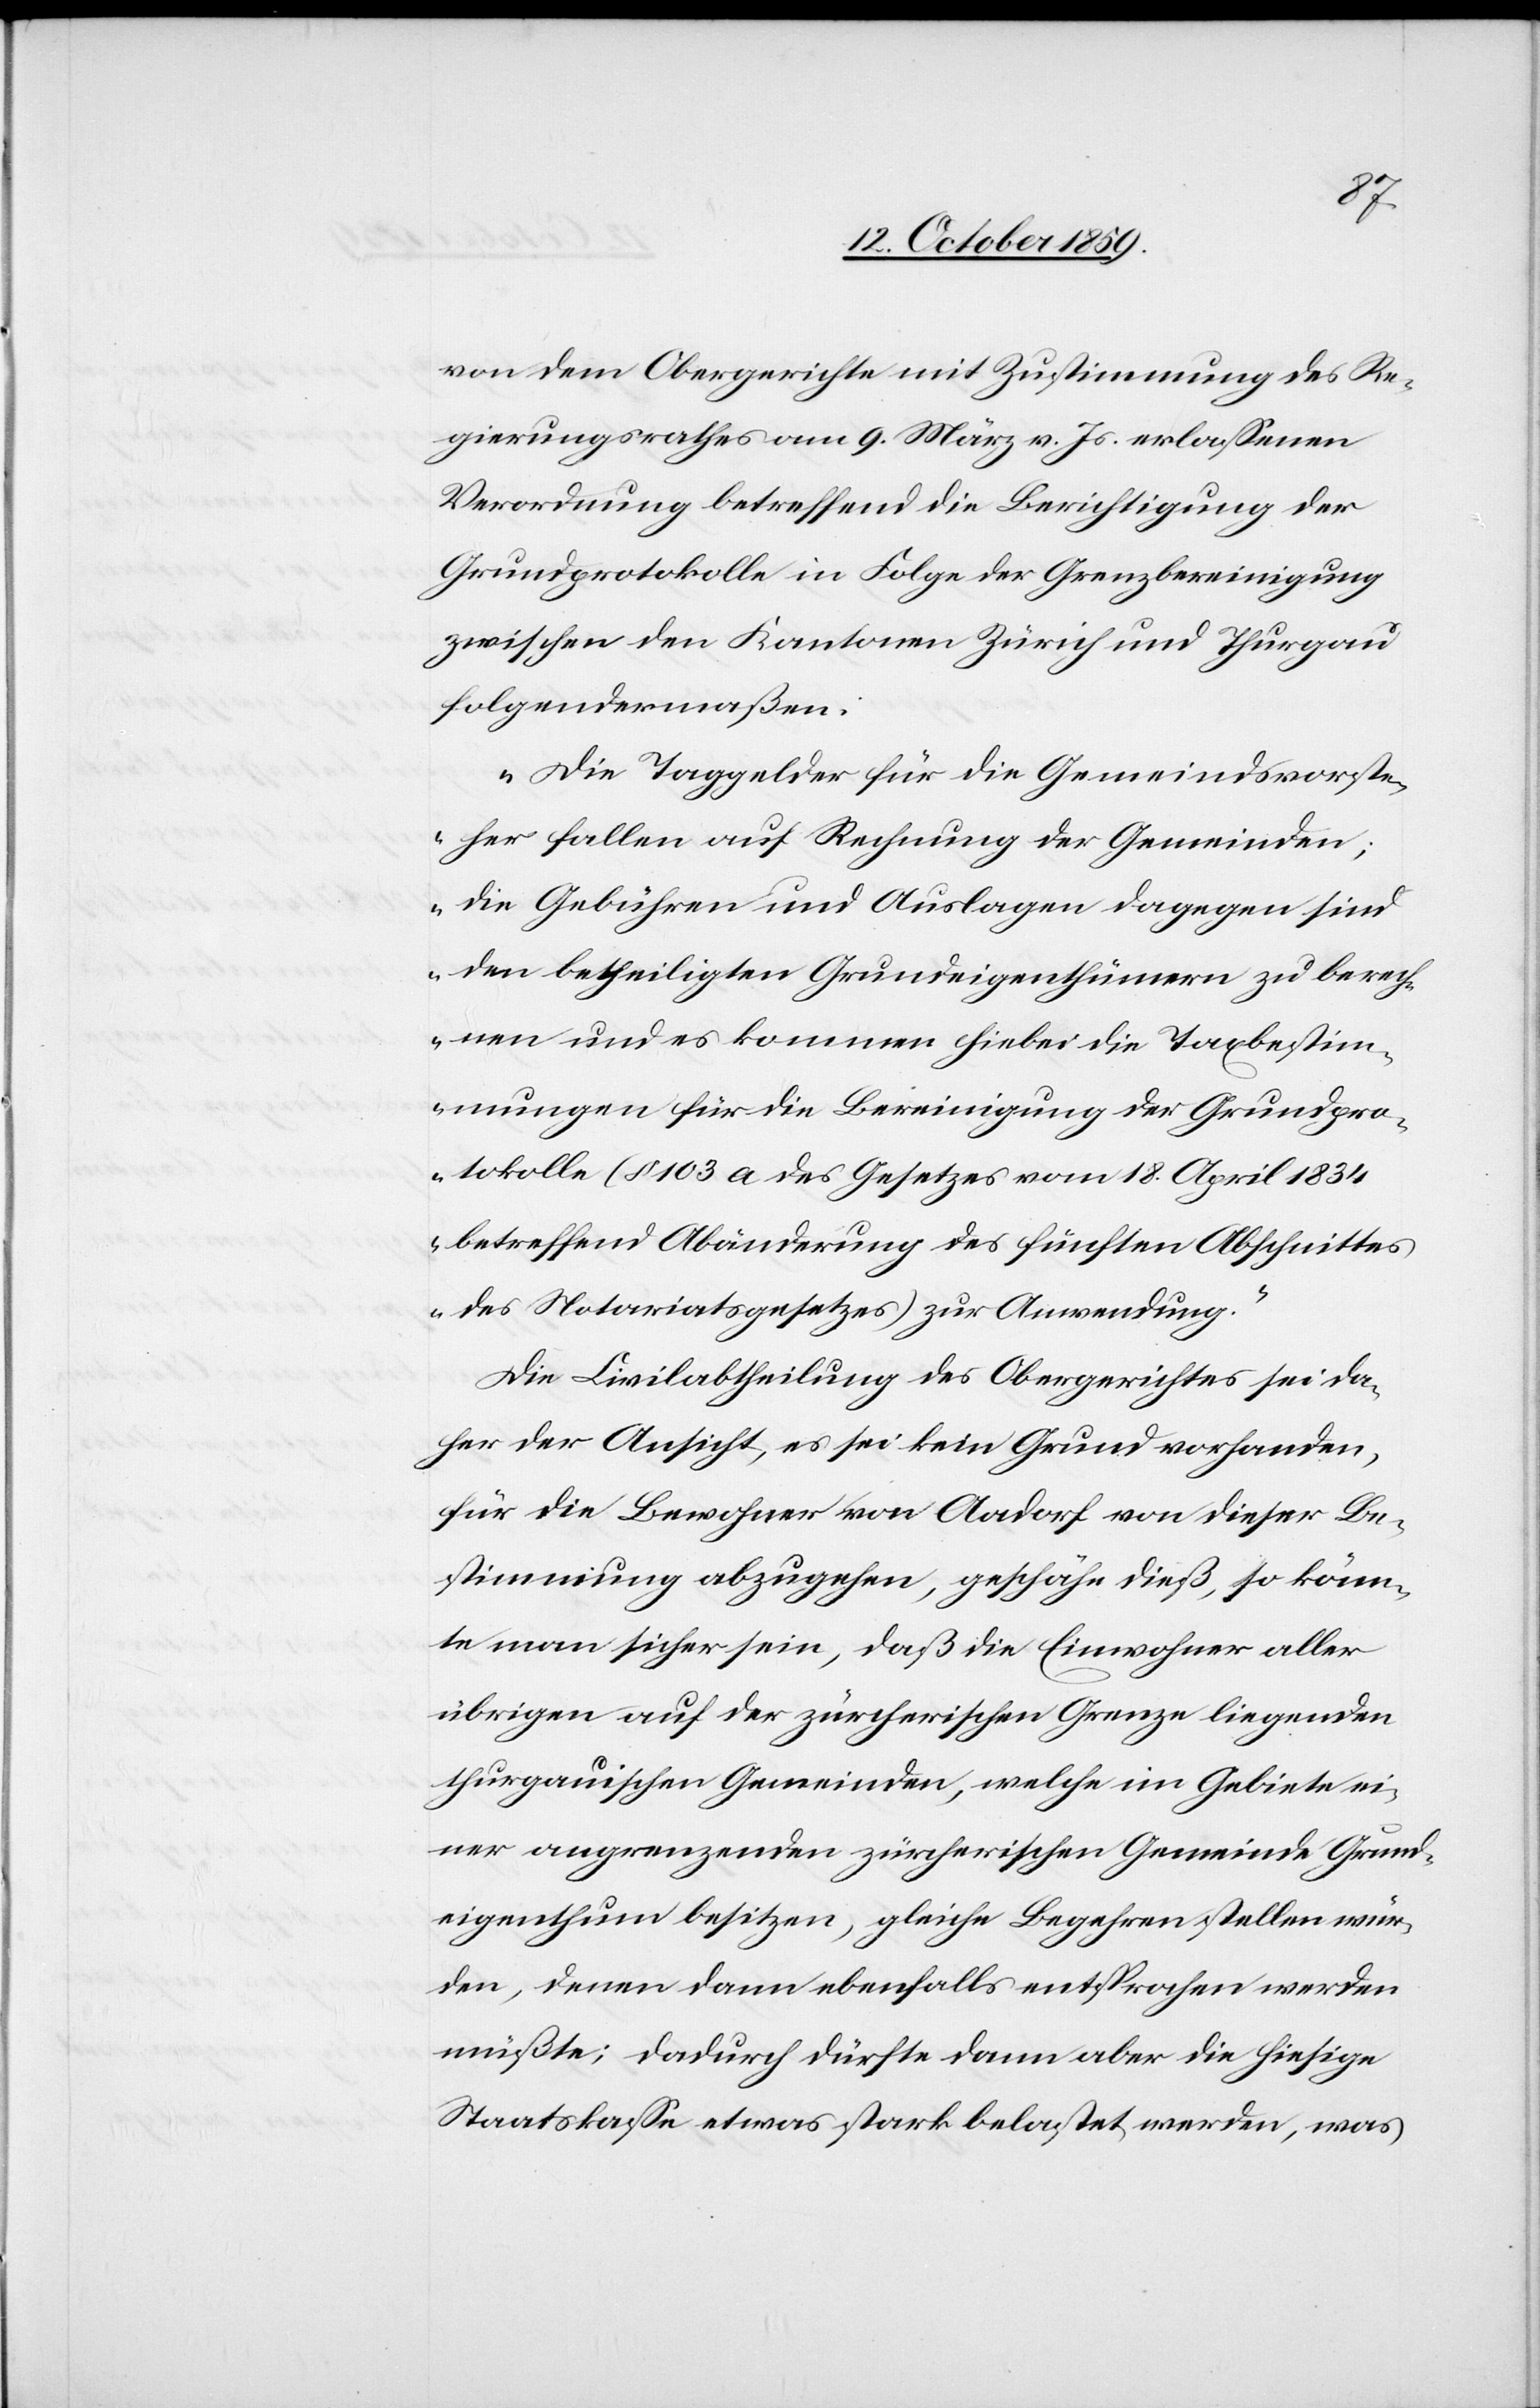
von dem Obergerichte mit Zustimmung des Re¬
gierungsrathes am 9. März v. Js. erlassenen
Verordnung betreffend die Berichtigung der
Grundprotokolle in Folge der Grenzbereinigung
zwischen den Kantonen Zürich und Thurgau
folgendermaßen:
"Die Taggelder für die Gemeindsvorste¬
her fallen auf Rechnung der Gemeinden;
die Gebühren und Auslagen dagegen sind
den betheiligten Grundeigenthümern zu berech¬
nen und es kommen hiebei die Taxbestim¬
mungen für die Bereinigung der Grundpro¬
tokolle (§ 103 a des Gesetzes vom 18. April 1834
betreffend Abänderung des fünften Abschnittes
des Notariatsgesetzes) zur Anwendung."
Die Civilabtheilung des Obergerichtes sei da¬
her der Ansicht, es sei kein Grund vorhanden,
für die Bewohner von Aadorf von dieser Be¬
stimmung abzugehen, geschähe dieß, so könn¬
te man sicher sein, daß die Einwohner aller
übrigen auf der zürcherischen Grenze liegenden
thurgauischen Gemeinden, welche im Gebiete ei¬
ner angrenzenden zürcherischen Gemeinde Grund¬
eigenthum besitzen, gleiche Begehren stellen wür¬
den, denen dann ebenfalls entsprochen werden
müßte; dadurch dürfte dann aber die hiesige
Staatskasse etwas stark belastet werden, was